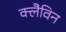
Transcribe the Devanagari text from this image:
क्लैविन